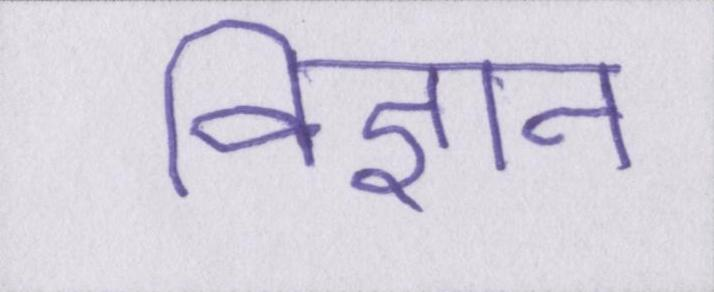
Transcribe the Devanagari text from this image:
विज्ञान